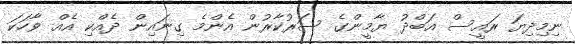
ނިމިދިޔަ ރައީސް އަބްދު ޔާމީންގެ ސަރުކާރުން އެންމެ ގިނައިން ދެއްކި އެއް ވާހަކަ